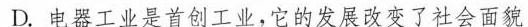
D.电器工业是首创工业，它的发展改变了社会面貌